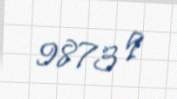
9873 q